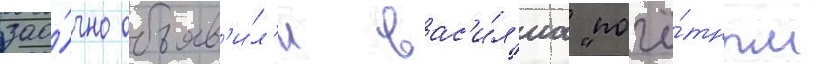
зао́чно объяв'и́л'и вас'и́л'иа "почё́тным